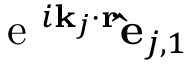
\textrm { e } ^ { i \mathbf { k } _ { j } \cdot \mathbf { r } } \mathbf { \hat { e } } _ { j , 1 }